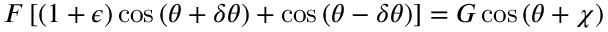
F \left[ \left( 1 + \epsilon \right) \cos \left( \theta + \delta \theta \right) + \cos \left( \theta - \delta \theta \right) \right] = G \cos \left( \theta + \chi \right)